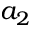
a _ { 2 }